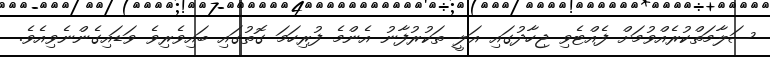
ސަލާމަތްކުރެއްވުމަށް ފެއްޓެވި ޖިހާދުގައި އަލީ ތަކުރުފާނު އެންމެ ފުރިހަމަ ގޮތުގައި ބައިވެރިވެ ވަޑައިގެންނެވިއެވެ.